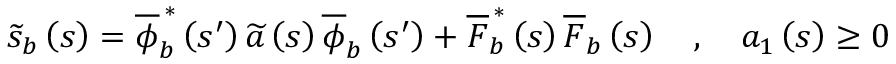
\begin{array} { r } { \widetilde { s } _ { b } \left( s \right) = \overline { { \phi } } _ { b } ^ { \, \ast } \left( s ^ { \prime } \right) \widetilde { a } \left( s \right) \overline { { \phi } } _ { b } \left( s ^ { \prime } \right) + \overline { { F } } _ { b } ^ { \, \ast } \left( s \right) \overline { { F } } _ { b } \left( s \right) \quad , \quad a _ { 1 } \left( s \right) \ge 0 } \end{array}